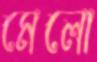
মেলো